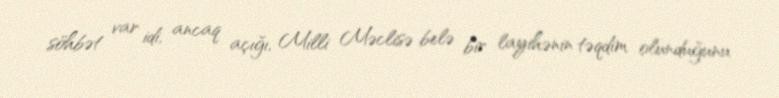
söhbət var idi, ancaq açığı, Milli Məclisə belə bir layihənin təqdim olunduğunu